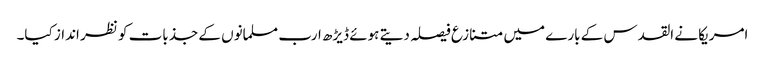
امریکا نے القدس کے بارے میں متنازع فیصلہ دیتے ہوئے ڈیڑھ ارب مسلمانوں کے جذبات کو نظر انداز کیا۔